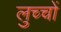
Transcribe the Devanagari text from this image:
लुच्चों